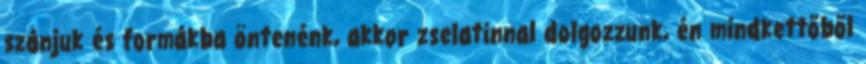
szánjuk és formákba öntenénk, akkor zselatinnal dolgozzunk, én mindkettőből